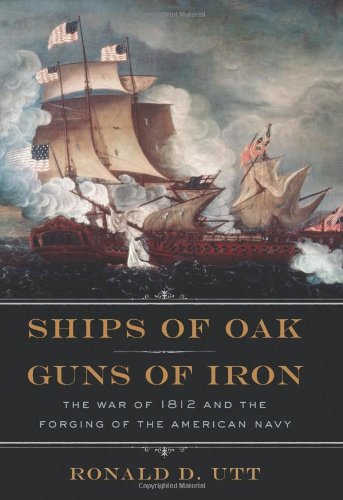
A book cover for Ships of Oak, Guns of Iron: The War of 1812 and the Forging of the American Navy; Ronald Utt; History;